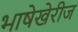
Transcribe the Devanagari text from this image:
भाषेखेरीज